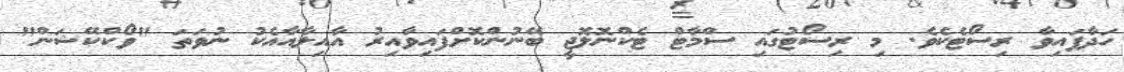
ހަދާފައިވާ ރިސޯޓެކެވެ. މި ރިސޯޓުގައި ސްމާޓް ޓެކްނޮލޮޖީ ބޭނުންކޮށްފައިވާއިރު އާއިލާއާއެކު ނުވަތަ "ވޯކްކޭޝަން"